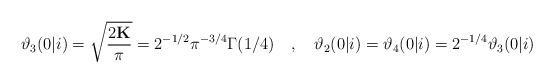
LaTeX: \begin{align*}\vartheta_{3}(0\vert i)=\sqrt{\dfrac{2\textbf{K}}{\pi}}=2^{-1/2}\pi^{-3/4}\Gamma (1/4) \ \ \ , \ \ \ \vartheta_{2}(0\vert i)=\vartheta_{4}(0\vert i)=2^{-1/4}\vartheta_{3}(0\vert i)\end{align*}